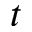
t